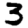
Digit: 3